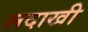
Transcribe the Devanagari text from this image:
लदाखी